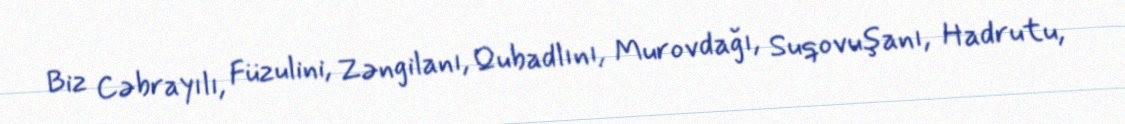
Biz Cəbrayılı, Füzulini, Zəngilanı, Qubadlını, Murovdağı, Suqovuşanı, Hadrutu,